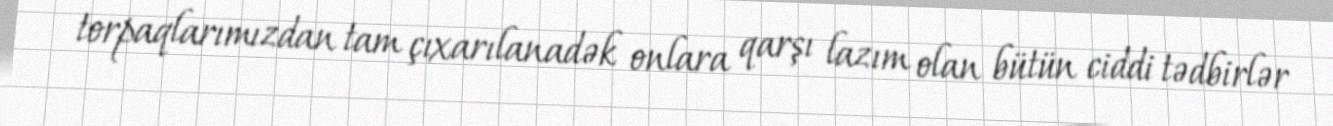
torpaqlarımızdan tam çıxarılanadək onlara qarşı lazım olan bütün ciddi tədbirlər